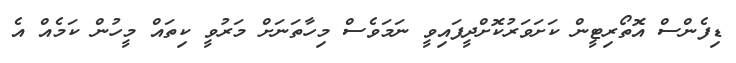
ޑިފެންސް އޮތޯރިޓީން ކަށަވަރުކޮށްދީފައިވީ ނަމަވެސް މިހާތަނަށް މަރުވީ ކިތައް މީހުން ކަމެއް އެ